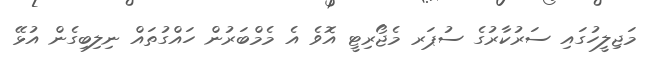
މަޖިލީހުގައި ސަރުކާރުގެ ސުޕަރ މެޖޯރިޓީ އޮވެ އެ މެމްބަރުން ހައްގުތައް ނިލިބިގެން އުޅޭ